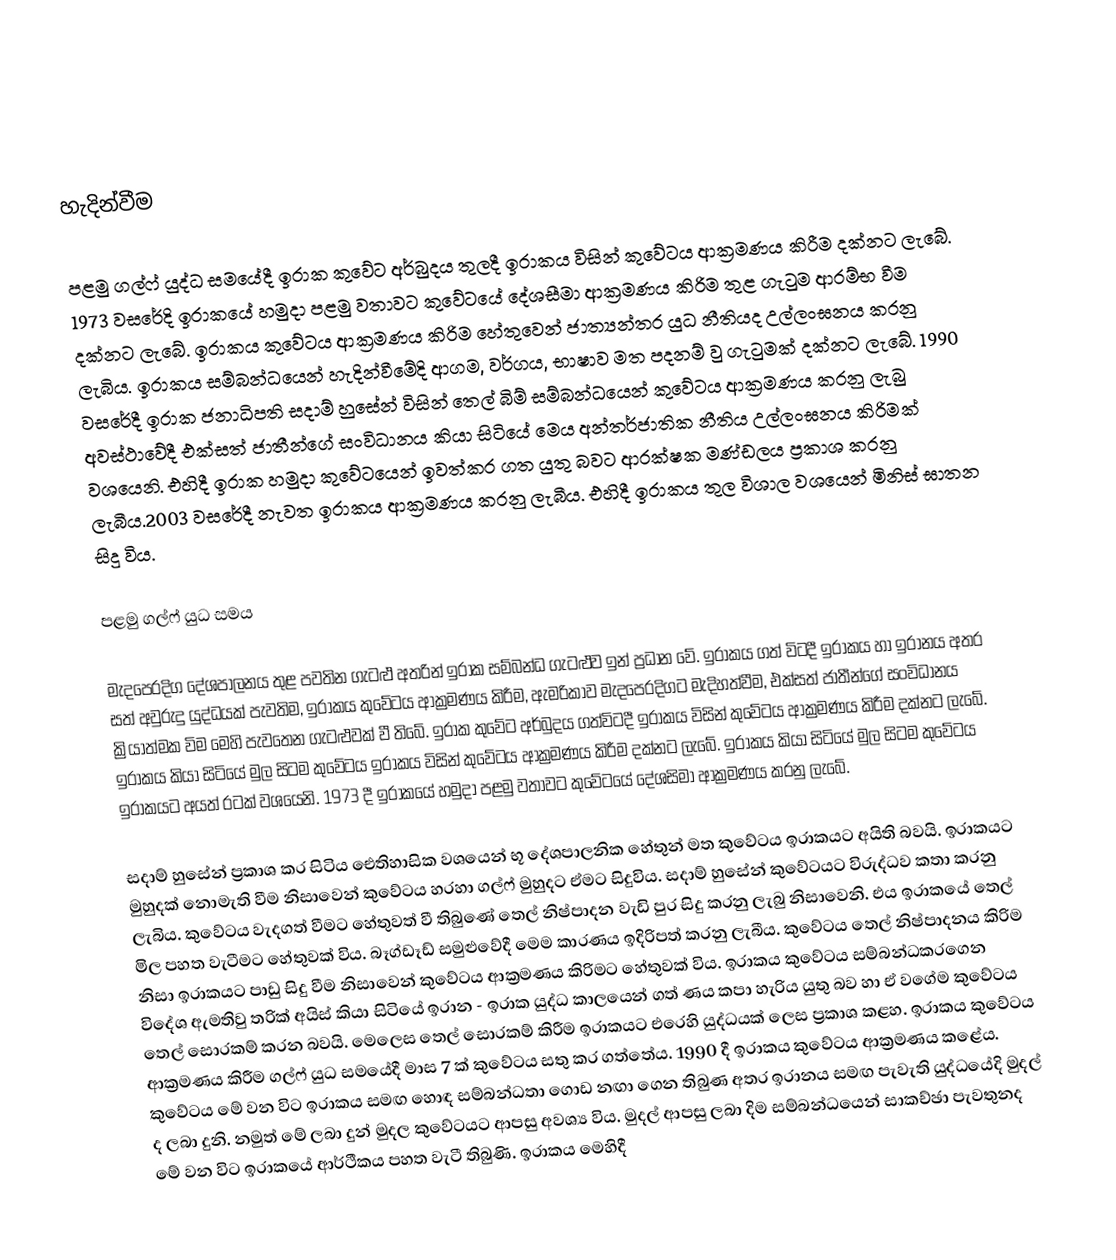

හැදින්වීම

පළමු ගල්ෆ් යුද්ධ සමයේදී ඉරාක  කුවේට අර්බුදය තුලදී ඉරාකය විසින් කුවේටය ආක්‍රමණය කිරීම දක්නට ලැබේ. 1973 වසරේදි ඉරාකයේ හමුදා පළමු වතාවට කුවේටයේ දේශසීමා ආක්‍රමණය කිරිම තුළ ගැටුම ආරම්භ වීම දක්නට ලැබේ. ඉරාකය කුවේටය ආක්‍රමණය කිරිම හේතුවෙන් ජාත්‍යන්තර යුධ නීතියද උල්ලංඝනය කරනු ලැබිය. ඉරාකය සම්බන්ධයෙන් හැදින්වීමේදි ආගම, වර්ගය, භාෂාව මත පදනම් වු ගැටුමක් දක්නට ලැබේ.  1990 වසරේදී ඉරාක ජනාධිපති සදාම් හුසේන් විසින් තෙල් බිම් සම්බන්ධයෙන් කුවේටය ආක්‍රමණය කරනු ලැබු අවස්ථාවේදී එක්සත් ජාතීන්ගේ සංවිධානය කියා සිටියේ මෙය අන්තර්ජාතික නීතිය උල්ලංඝනය කිරිමක් වශයෙනි. එහිදී ඉරාක හමුදා කුවේටයෙන් ඉවත්කර ගත යුතු බවට ආරක්ෂක මණ්ඩලය ප්‍රකාශ කරනු ලැබීය.2003 වසරේදී නැවත ඉරාකය ආක්‍රමණය කරනු ලැබීය. එහිදී ඉරාකය තුල විශාල වශයෙන් මිනිස් ඝාතන සිදු විය.

පළමු ගල්ෆ් යුධ සමය

මැදපෙරදිග දේශපාලනය තුළ පවතින ගැටළු අතරින් ඉරාක සම්බන්ධ ගැටළුව ඉන් ප්‍රධාන වේ.  ඉරාකය ගත් විටදී ඉරාකය හා ඉරානය අතර සත් අවුරුදු යුද්ධයක් පැවතිම, ඉරාකය කුවේටය ආක්‍රමණය කිරීම, ඇමරිකාව මැදපෙරදිගට මැදිහත්වීම, එක්සත්  ජාතීන්ගේ සංවිධානය ක්‍රියාත්මක විම මෙහි පැවතෙන ගැටළුවක් වී තිබේ. ඉරාක කුවේට අර්බුදය ගත්විටදී ඉරාකය විසින් කුවේටය ආක්‍රමණය කිරීම දක්නට ලැබේ. ඉරාකය කියා සිටියේ මුල සිටම කුවේටය ඉරාකය විසින් කුවේටය  ආක්‍රමණය කිරීම දක්නට ලැබේ.  ඉරාකය කියා සිටියේ මුල සිටම කුවේටය ඉරාකයට අයත් රටක් වශයෙනි. 1973 දී ඉරාකයේ හමුදා පළමු වතාවට කුවේටයේ දේශසිමා ආක්‍රමණය කරනු ලැබේ.

සදාම් හුසේන් ප්‍රකාශ කර  සිටිය ඓතිහාසික වශයෙන් භූ දේශපාලනික හේතුන් මත  කුවේටය ඉරාකයට අයිති බවයි. ඉරාකයට මුහුදක් නොමැති වීම නිසාවෙන් කුවේටය හරහා ගල්ෆ් මුහුදට ඒමට සිදුවිය. සදාම් හුසේන් කුවේටයට විරුද්ධව කතා කරනු ලැබිය.  කුවේටය වැදගත් වීමට හේතුවත් වී තිබුණේ තෙල් නිෂ්පාදන වැඩි පුර සිදු කරනු ලැබු නිසාවෙනි. එය ඉරාකයේ තෙල් මිල පහත වැටීමට  හේතුවක් විය. බෑග්ඩෑඩ් සමුළුවේදී මෙම කාරණය ඉදිරිපත් කරනු ලැබීය. කුවේටය තෙල් නිෂ්පාදනය කිරිම නිසා ඉරාකයට පාඩු සිදු වීම නිසාවෙන් කුවේටය ආක්‍රමණය කිරිමට හේතුවක් විය. ඉරාකය කුවේටය සම්බන්ධකරගෙන විදේශ ඇමතිවු තරික් අයිස්  කියා සිටියේ ඉරාන - ඉරාක යුද්ධ කාලයෙන් ගත් ණය කපා හැරිය යුතු බව හා ඒ වගේම කුවේටය තෙල් සොරකම් කරන බවයි. මෙලෙස තෙල් සොරකම් කිරීම ඉරාකයට එරෙහි යුද්ධයක් ලෙස ප්‍රකාශ කළහ.  ඉරාකය කුවේටය ආක්‍රමණය කිරීම ගල්ෆ් යුධ සමයේදී මාස 7 ක් කුවේටය සතු කර ගත්තේය. 1990 දී ඉරාකය කුවේටය ආක්‍රමණය කළේය. කුවේටය මේ වන විට ඉරාකය සමඟ හොඳ සම්බන්ධතා ගොඩ නඟා ගෙන තිබුණ අතර ඉරානය සමඟ පැවැති යුද්ධයේදි මුදල් ද ලබා දුනි. නමුත් මේ ලබා දුන් මුදල කුවේටයට ආපසු අවශ්‍ය විය. මුදල් ආපසු ලබා දිම සම්බන්ධයෙන් සාකච්ඡා පැවතුනද මේ වන විට ඉරාකයේ ආර්ථීකය පහත වැටී තිබුණි. ඉරාකය මෙහිදී